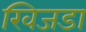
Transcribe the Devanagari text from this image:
खिजडा